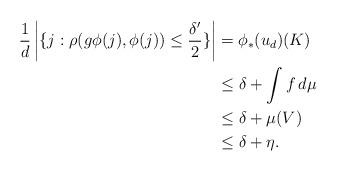
LaTeX: \begin{align*}\frac{1}{d}\left|\{j:\rho(g\phi(j),\phi(j))\leq \frac{\delta'}{2}\}\right|&=\phi_{*}(u_{d})(K)\\&\leq \delta+\int f\,d\mu\\&\leq \delta+\mu(V)\\&\leq \delta+\eta.\end{align*}